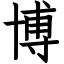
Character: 博